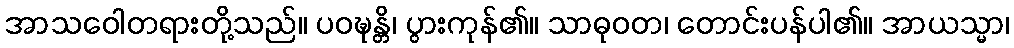
အာသဝေါတရားတို့သည်။ ပဝဍ္ဎန္တိ၊ ပွားကုန်၏။ သာဓုဝတ၊ တောင်းပန်ပါ၏။ အာယသ္မာ၊